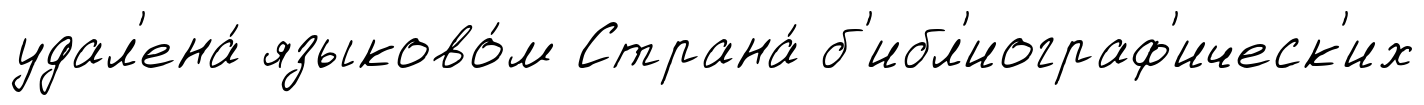
удал'ена́ языково́м Страна́ б'ибл'иограф'ическ'их